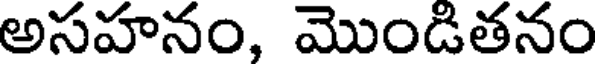
అసహనం, మొండితనం